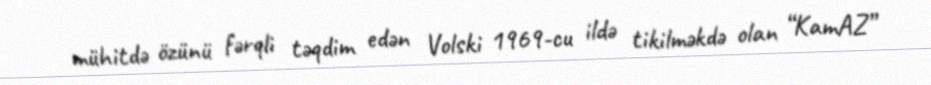
mühitdə özünü fərqli təqdim edən Volski 1969-cu ildə tikilməkdə olan “KamAZ”